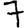
Digit: 7